Leaving Certificate, 1896
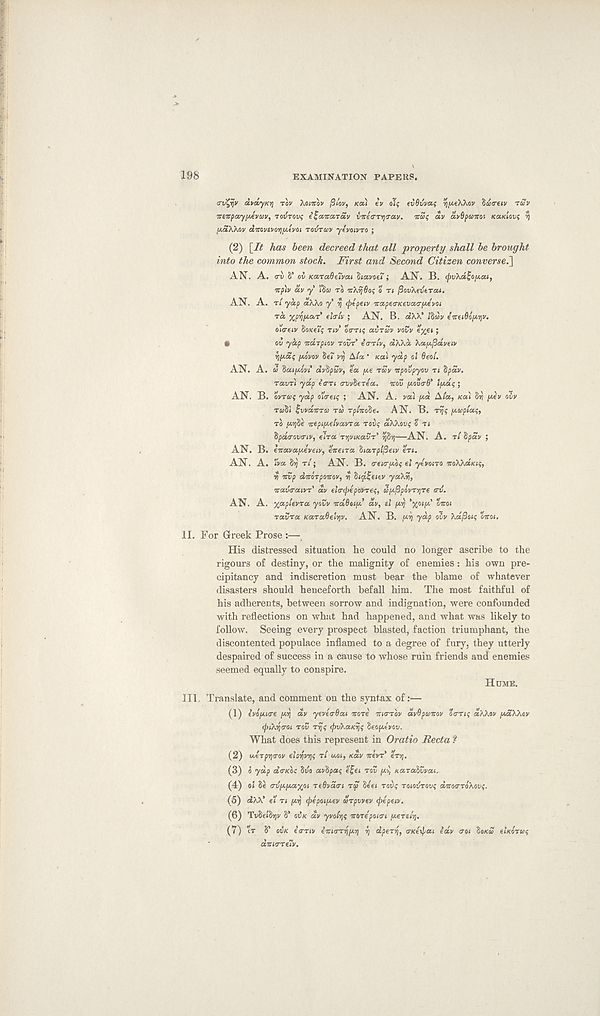
198
EXAMINATION PAPERS.
arv^rjv di/dyicq TOV XOITTOV JS/OJ/, Ka) ev oT$ tvOvvxc ypeWov idmiv ruv
ireitpayuevav, Totfrov; i^aicx-rdv iicetrTrjara.t/. nSt; dv ctvdpomi KCIKIOVS V)
jAaKKov dmvsvoyijAtvoi TOVTCOV ylvtuvro ;
(2) \_It has been decreed that all property shall be brought
into the common stock. First and Second Citizen conversed]
AN. A. <rv S’ QV Karadeivcu havoei ; AN. B. <pvXd^0[Aai,
ntp'iv dv y 'lha TO TiAvjSo; o n j3ov\(vtTou.
AN. A. T/ yap aWo y y (ptpeiv ocapetrKevaa-iAevot
TO. xpijpia.T flirlv ; AN. B. atA/v’ /Sav eireiOo/Ayv.
o\<reiv $0Kei<; nv OCTTH; avrcov vovv e^e»;
•
ov yap naTptov TOVT’ ecrrlv, dXKa Xapifidveiv
}]IAd$ [MVOV Sei" v/j A/a ' «ai ydp cl Oeol.
AN. A. 03 'baifMvi dvftpuv, ea //.e rSv crpoipyov TI Spdv.
ravri ydp ta-Ti o-yvSerea. icov jAOvaB' ladq ;
AN. B. ovrox; ydp olauq ; AN. A. vau [Aa A/a, KOI 817 [Atv civ
r«8i fwairrs) TCO rp/iroSe. AN. B. rrjs fAtoptai;,
TO fA?j%e wepiiAelvavra Tovt; aXkovi ? TI
hpdtrovmv, e’tTa TvjvtKavT'rj^vj—AN. A. r/ 8pav ;
AN. B. eiravafJ-eveiv, tiicena ZtaTplfieiv eri.
AN. A. "va Sv] T/; AN. B. treio-fAOf el ytvotTO iroXXdKii;,
it irvp dicoTpoitov, vt $i<ji!;eiev yaXri,
izxviraiVT' dv ela^ipaVTeq, SujSpovTriTe <nj.
AN. A. xapievTa yovv icdOoifA’ dv, el fAvj 'xoifA titoi
TavTa KaTaOelyv. AN. B. fAij ydp ovv kdftoiq eiroi.
II. For Greek Prose :—,
His distressed situation he could no longer ascribe to the
rigours of destiny, or the malignity of enemies : his own pre-
cipitancy and indiscretion must bear the blame of whatever
disasters should henceforth befall him. The most faithful of
his adherents, between sorrow and indignation, were confounded
with reflections on what had happened, and what was likely to
follow. Seeing every prospect blasted, faction triumphant, the
discontented populace inflamed to a degree of fury, they utterly
despaired of success in a cause to whose ruin friends and enemies
seemed equally to conspire.
HUME.
III. Translate, and comment on the syntax of:—
(1) ivo/Aicre [Ay dv yeveaBai icoTe TIO-TOV dvBposmv oa-Tiq aXXov /ASXXOV
(piXytroi TOV Tvjq <j)vXaKrjq Seopte'vov.
What does this represent in Oratio Recta ?
(2) tAerpritrov eloriv^q TI IAOI, Kav Trevr’ erij.
(3) 0 ydp d<TKoi 81/9 avtipaq e£et TOV fAi, Karalvvai.
(4) o£ 8e G-viAjAaxoi TeOvdai T$ 8eet Tovq TotcvTOvq ditoTToXcvq.
(5) s2>.X’ el TI [Arj (pepot/Aev UTpvvev tpepeiv.
(6) Tv8e£8»)v 8’ OVK dv yvolrjf itOTepoitri iAeTel/j.
(7) tr 8’ OVK i<rriv lm<rzi\iM) ij dperviy a-Key^ai lav trot tioKa etKorug
anKTrety.